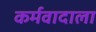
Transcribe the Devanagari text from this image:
कर्मवादाला